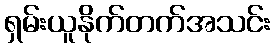
ရှမ်းယူနိုက်တက်အသင်း